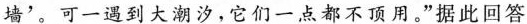
墙'。可一遇到大潮汐，它们一点都不顶用。”据此回答